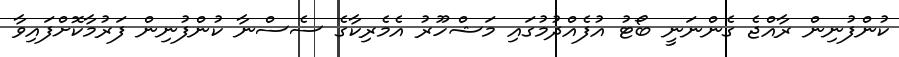
ކުންފުނިން ރާއްޖެ ގެންނަނީ ބޯޓު އުފެއްދުމުގައި މަޝްހޫރު އެމެރިކާގެ ސެސްނާ ކުންފުނިން ފަރުމާކޮށްފައިވާ